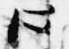
心